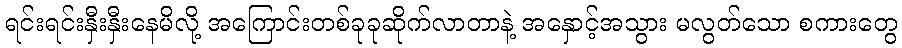
ရင်းရင်းနှီးနှီးနေမိလို့ အကြောင်းတစ်ခုခုဆိုက်လာတာနဲ့ အနှောင့်အသွား မလွတ်သော စကားတွေ